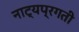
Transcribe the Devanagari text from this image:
नाट्यप्रगती